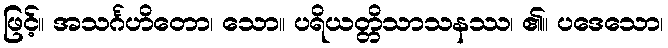
ဖြင့်။ အသင်္ဂဟိတော၊ သော။ ပရိယတ္တိသာသနဿ၊ ၏။ ပဒေသော၊